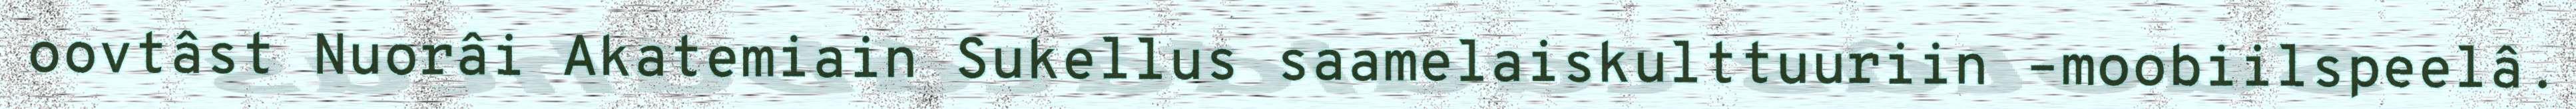
oovtâst Nuorâi Akatemiain Sukellus saamelaiskulttuuriin –moobiilspeelâ.